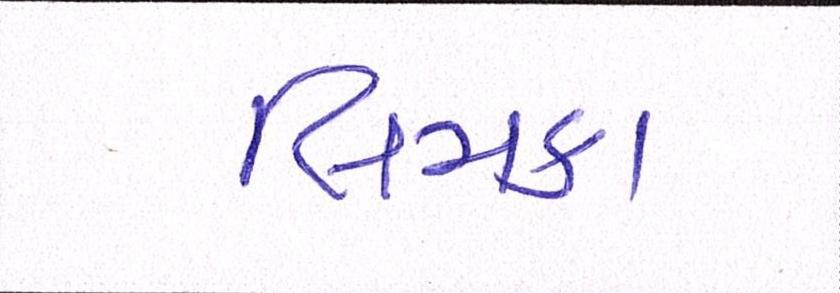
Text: લિમકા